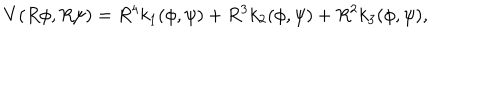
V ( R \phi , R \psi ) = R ^ { 4 } k _ { 1 } ( \phi , \psi ) + R ^ { 3 } k _ { 2 } ( \phi , \psi ) + R ^ { 2 } k _ { 3 } ( \phi , \psi ) ,